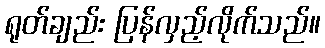
ရုတ်ချည်း ပြန်လှည့်လိုက်သည်။